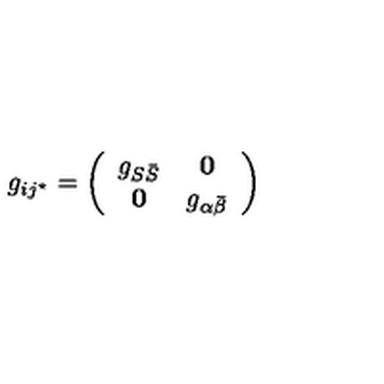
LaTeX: g _ { i j ^ { \star } } = \left( \begin{array} { c c } { g _ { S \bar { S } } } & { { \bf 0 } } \\ { { \bf 0 } } & { g _ { \alpha \bar { \beta } } } \\ \end{array} \right)